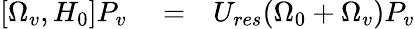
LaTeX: \begin{array}{rlr}{[\Omega_{v},H_{0}]P_{v}}&{{}=}&{U_{res}(\Omega_{0}+\Omega_{v})P_{v}}\end{array}